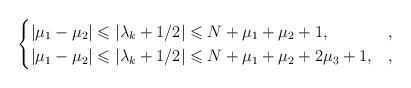
\begin{align*} \begin{cases} |\mu_1-\mu_2|\leqslant|\lambda_k+1/2|\leqslant N+\mu_1+\mu_2+1, & , \\ |\mu_1-\mu_2|\leqslant|\lambda_k+1/2|\leqslant N+\mu_1+\mu_2+2\mu_3+1, & , \end{cases}\end{align*}